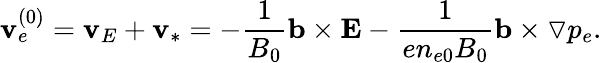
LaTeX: \mathbf{v}_{e}^{(0)}=\mathbf{v}_{E}+\mathbf{v}_{*}=-\frac{1}{B_{0}}\mathbf{b}\times{\mathbf E}-\frac{1}{en_{e0}B_{0}}\mathbf{b}\times\triangledown p_{e}.